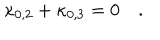
LaTeX: \kappa _ { 0 , 2 } + \kappa _ { 0 , 3 } = 0 \quad .